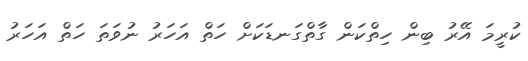
ކުރީމަ އޭރު ބިން ހިތްކަން ގާތްގަނޑަކަށް ހަތް އަހަރު ނުވަތަ ހަތް އަހަރު